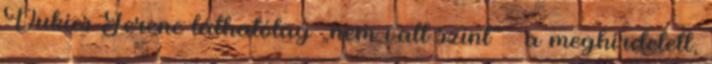
Vukics Ferenc láthatólag „nem vall színt” – a meg­hirdetett,